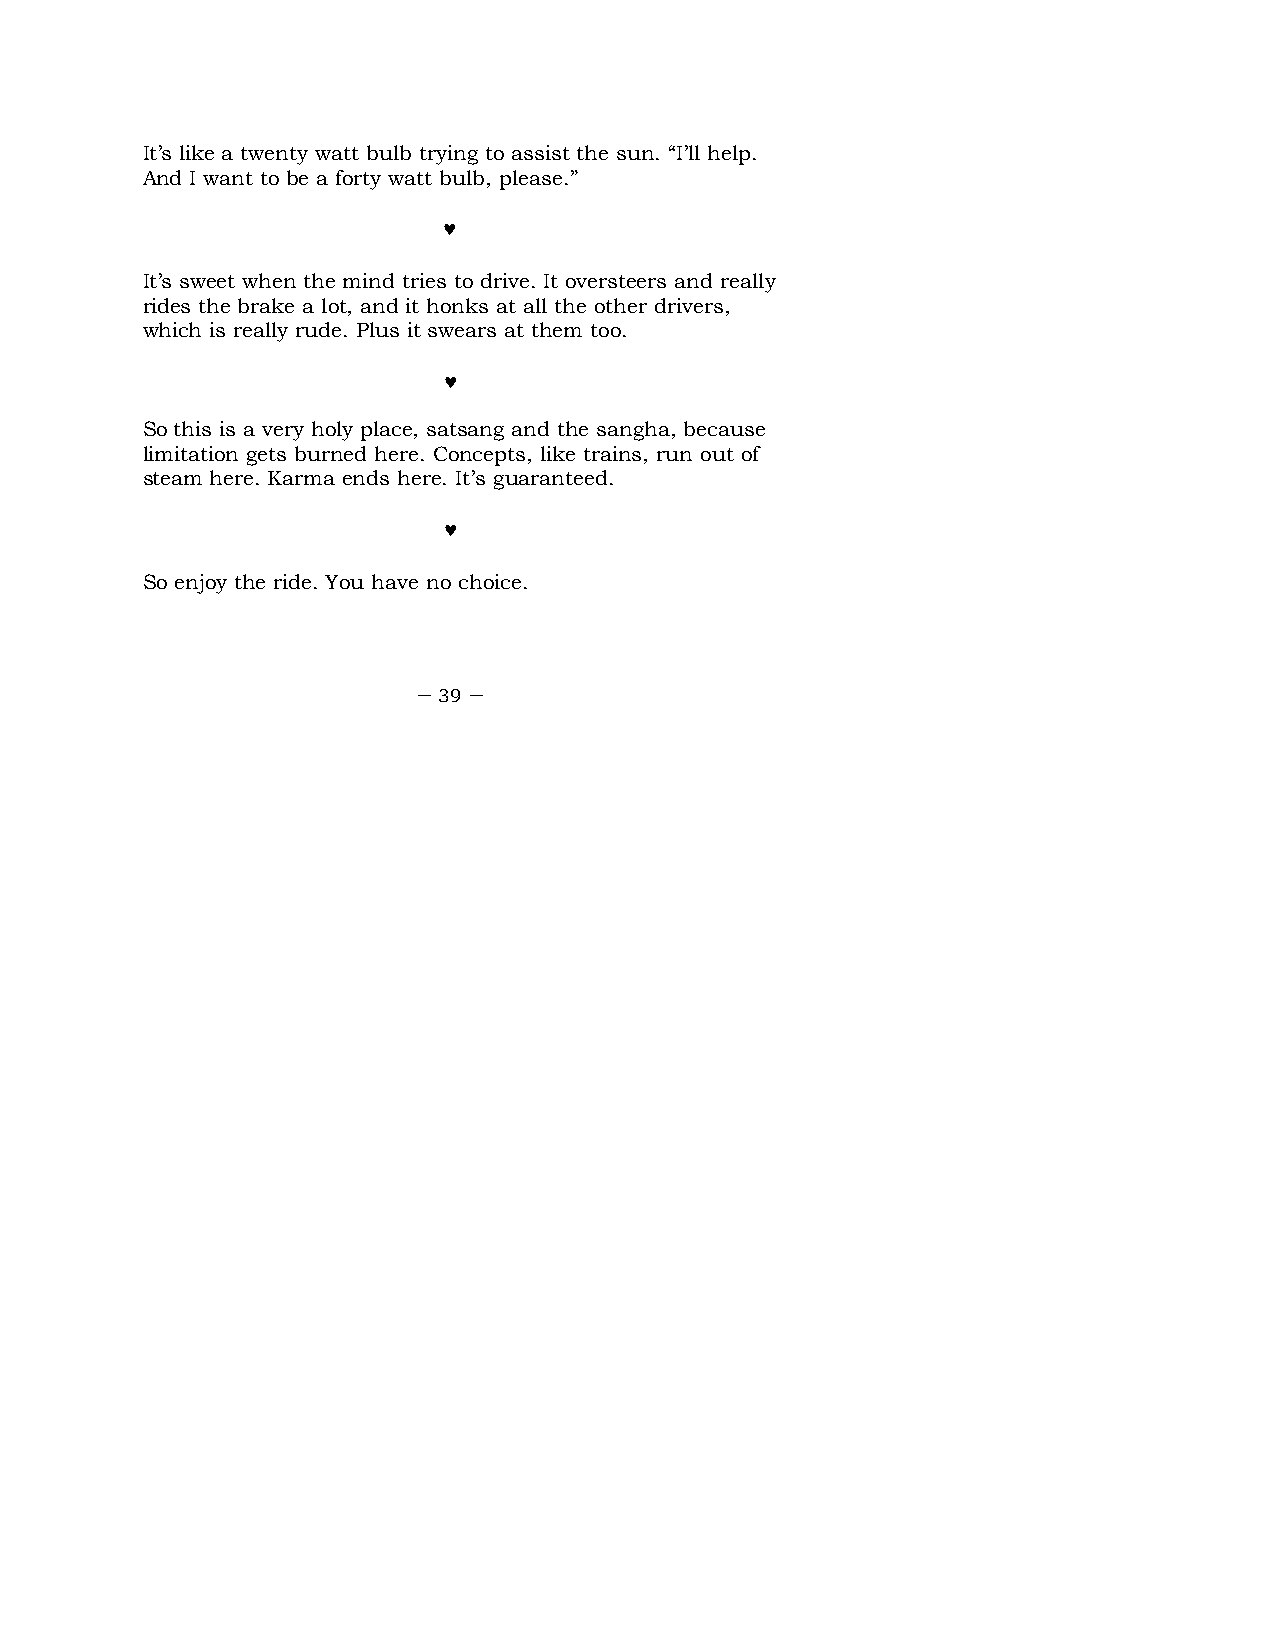
It’s like a twenty watt bulb trying to assist the sun. “I’ll help.
 And I want to be a forty watt bulb, please.”
 ♥
 It’s sweet when the mind tries to drive. It oversteers and really
 rides the brake a lot, and it honks at all the other drivers,
 which is really rude. Plus it swears at them too.
 ♥
 So this is a very holy place, satsang and the sangha, because
 limitation gets burned here. Concepts, like trains, run out of
 steam here. Karma ends here. It’s guaranteed.
 ♥
 So enjoy the ride. You have no choice.
 – 39 –